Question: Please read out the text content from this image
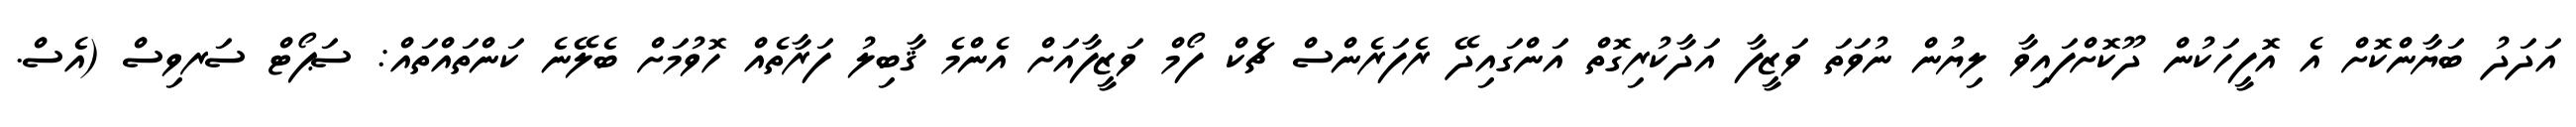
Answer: އަދަދު ބަޔާންކޮށް އެ އޮފީހަކުން ދޫކޮށްފައިވާ ލިޔުން ނުވަތަ ވަޒީފާ އަދާކުރިގޮތް އަންގައިދޭ ރެފަރެންސް ޗެކް ފޯމް ވަޒީފާއަށް އެންމެ ޤާބިލު ފަރާތެއް ހޮވުމަށް ބެލޭނެ ކަންތައްތައް: ސަޕޯޓް ސަރވިސް (އެސް.